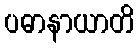
ပဓာနာယာတိ